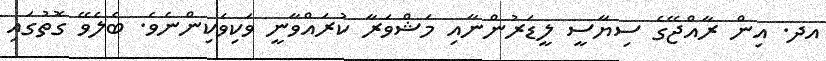
އދ. އިން ރާއްޖޭގެ ސިޔާސީ ލީޑަރުންނާއި މަޝްވަރާ ކުރައްވާނީ ވަކިވަކިންނެވެ. ބެލެވޭ ގޮތުގައި